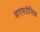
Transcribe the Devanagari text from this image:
डाएसटोलिक